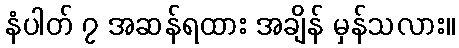
နံပါတ် ၇ အဆန်ရထား အချိန် မှန်သလား။